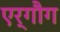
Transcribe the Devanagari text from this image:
एर्गौग